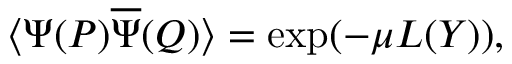
\langle { \Psi } ( P ) \overline { { { \Psi } } } ( Q ) \rangle = \exp ( - \mu L ( Y ) ) ,